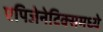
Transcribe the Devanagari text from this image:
एपिजेनेटिक्समध्ये